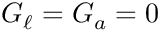
G _ { \ell } = G _ { a } = 0